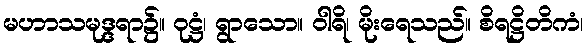
မဟာသမုဒ္ဒရာ၌။ ဝုဋ္ဌံ၊ ရွာသော။ ဝါရိ၊ မိုးရေသည်။ စိရဋ္ဌိတိကံ၊